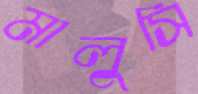
মালুসি